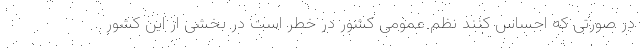
در صورتی که احساس کنند نظم عمومی کشور در خطر است در بخشی از این کشور